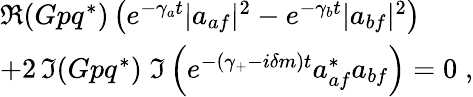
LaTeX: \begin{array}{l}{{\Re(Gpq^{*})\left(e^{-\gamma_{a}t}|a_{af}|^{2}-e^{-\gamma_{b}t}|a_{bf}|^{2}\right)}}\\ {{+2\, \Im(Gpq^{*})\; \Im\left(e^{-(\gamma_{+}-i\delta m)t}a_{af}^{*}a_{bf}\right)=0\; ,}}\end{array}